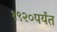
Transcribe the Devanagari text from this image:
१९२०पर्यंत